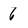
Character: 6